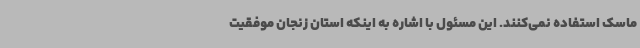
ماسک استفاده نمی‌کنند. این مسئول با اشاره به اینکه استان زنجان موفقیت